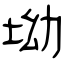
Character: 坳